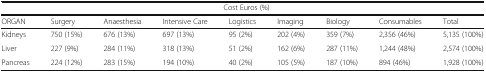
| <COLSPAN=9> Cost Euros (%) |
 | ORGAN | Surgery | Anaesthesia | Intensive Care | Logistics | Imaging | Biology | Consumables | Total |
 | --- | --- | --- | --- | --- | --- | --- | --- | --- |
 | Kidneys | 750 (15%) | 676 (13%) | 697 (13%) | 95 (2%) | 202 (4%) | 359 (7%) | 2,356 (46%) | 5,135 (100%) |
 | Liver | 227 (9%) | 284 (11%) | 318 (13%) | 51 (2%) | 162 (6%) | 287 (11%) | 1,244 (48%) | 2,574 (100%) |
 | Pancreas | 224 (12%) | 283 (15%) | 194 (10%) | 40 (2%) | 105 (5%) | 187 (10%) | 894 (46%) | 1,928 (100%) |